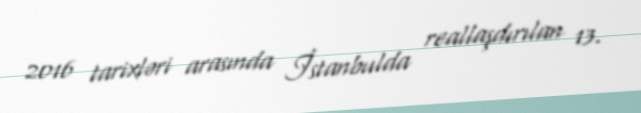
2016 tarixləri arasında İstanbulda reallaşdırılan 13.